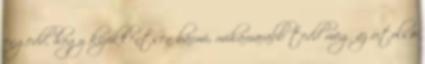
engedd, hogy kizökkentsen bármi, mihamarabb tedd meg az utolsó